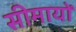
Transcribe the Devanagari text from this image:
सीमायों